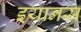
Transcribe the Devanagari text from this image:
इयानस